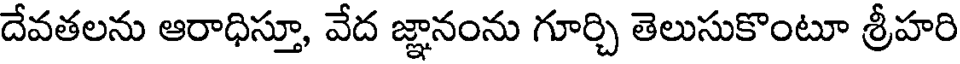
దేవతలను ఆరాధిస్తూ, వేద జ్ఞానంను గూర్చి తెలుసుకొంటూ శ్రీహరి